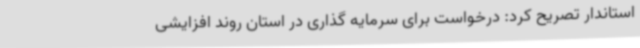
استاندار تصریح کرد: درخواست برای سرمایه گذاری در استان روند افزایشی